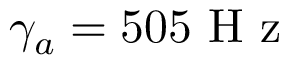
\gamma _ { a } = 5 0 5 \mathrm { ~ H ~ z ~ }